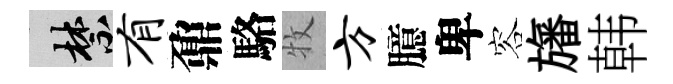
禁有鼐駱牧方臆卑容旛韩